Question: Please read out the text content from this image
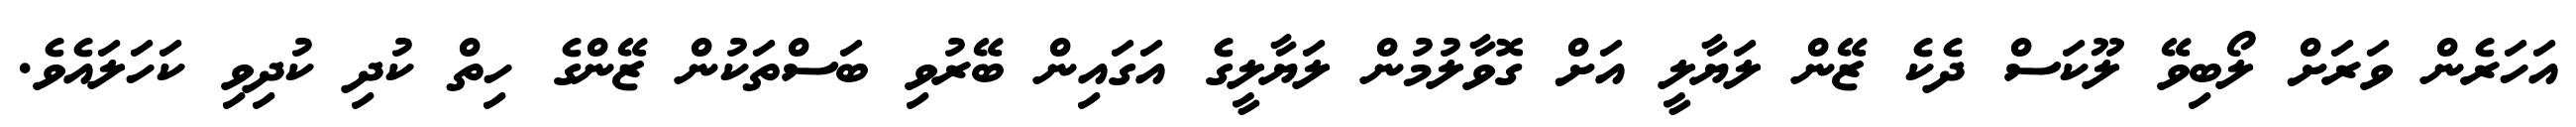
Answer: އަހަރެން ވަރަށް ލޯބިވޭ ލޫކަސް ދެކެ ޒޭން ލަޔާލީ އަށް ގޮވާލުމުން ލަޔާލީގެ އަގައިން ބޭރުވި ބަސްތަކުން ޒޭންގެ ހިތް ކުދި ކުދިވި ކަހަލައެވެ.